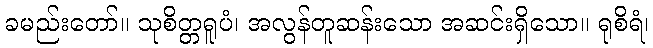
ခမည်းတော်။ သုစိတ္တရူပံ၊ အလွန်တူဆန်းသော အဆင်းရှိသော။ ရုစိရံ၊